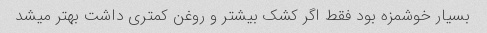
بسیار خوشمزه بود فقط اگر کشک بیشتر و روغن کمتری داشت بهتر میشد